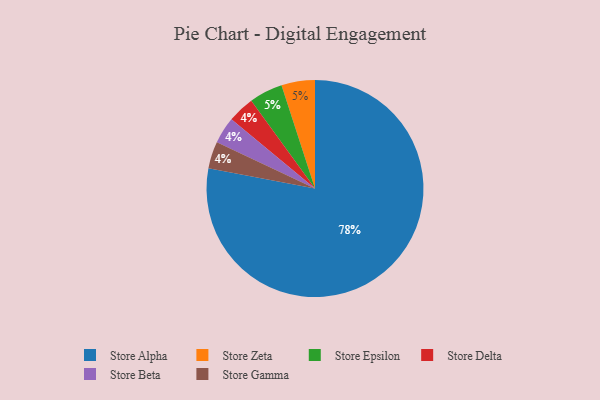
{"axis": {"x": "Category", "y": "Percentage"}, "legend": ["Store Alpha", "Store Beta", "Store Delta", "Store Epsilon", "Store Gamma", "Store Zeta"], "data": [{"x": "Store Alpha", "y": 78, "type": "Store Alpha"}, {"x": "Store Delta", "y": 4, "type": "Store Delta"}, {"x": "Store Beta", "y": 4, "type": "Store Beta"}, {"x": "Store Gamma", "y": 4, "type": "Store Gamma"}, {"x": "Store Zeta", "y": 5, "type": "Store Zeta"}, {"x": "Store Epsilon", "y": 5, "type": "Store Epsilon"}]}